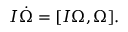
\begin{array} { r } { I \dot { \boldsymbol \Omega } = [ I { \boldsymbol \Omega } , { \boldsymbol \Omega } ] . } \end{array}